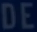
DE